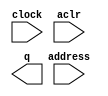
//Copyright (C) 1991-2003 Altera Corporation
//Any  megafunction  design,  and related netlist (encrypted  or  decrypted),
//support information,  device programming or simulation file,  and any other
//associated  documentation or information  provided by  Altera  or a partner
//under  Altera's   Megafunction   Partnership   Program  may  be  used  only
//to program  PLD  devices (but not masked  PLD  devices) from  Altera.   Any
//other  use  of such  megafunction  design,  netlist,  support  information,
//device programming or simulation file,  or any other  related documentation
//or information  is prohibited  for  any  other purpose,  including, but not
//limited to  modification,  reverse engineering,  de-compiling, or use  with
//any other  silicon devices,  unless such use is  explicitly  licensed under
//a separate agreement with  Altera  or a megafunction partner.  Title to the
//intellectual property,  including patents,  copyrights,  trademarks,  trade
//secrets,  or maskworks,  embodied in any such megafunction design, netlist,
//support  information,  device programming or simulation file,  or any other
//related documentation or information provided by  Altera  or a megafunction
//partner, remains with Altera, the megafunction partner, or their respective
//licensors. No other licenses, including any licenses needed under any third
//party's intellectual property, are provided herein.

module aminusb_mem (
	address,
	clock,
	aclr,
	q);

	input	[8:0]  address;
	input	  clock;
	input	  aclr;
	output	[15:0]  q;

endmodule